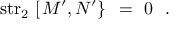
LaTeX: \mathrm { s t r } _ { 2 } \, \left[ \left. M ^ { \prime } , N ^ { \prime } \right\} \right. \ = \ 0 \ \ .